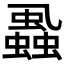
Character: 𧒢